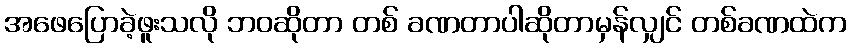
အဖေပြောခဲ့ဖူးသလို ဘဝဆိုတာ တစ် ခဏတာပါဆိုတာမှန်လျှင် တစ်ခဏထဲက